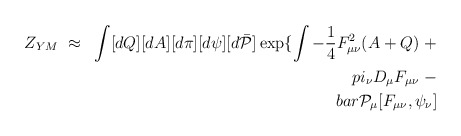
\begin{align*}Z_{YM} ~\approx~ \int [dQ][dA][d\pi][d\psi][d\bar{\cal P}]\exp \{ \int - \frac{1}{4} F_{\mu\nu}^2(A+Q) \ + \\pi_\nu D_\mu F_{\mu\nu} \ - \\bar{\cal P}_\mu [ F_{\mu\nu} , \psi_\nu ]\end{align*}